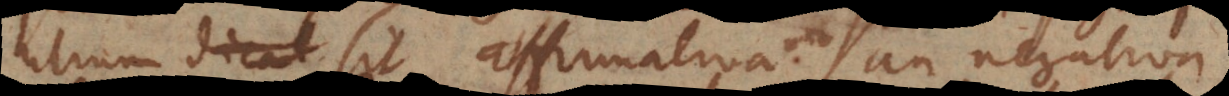
utrum sit affirmativa an negativa,